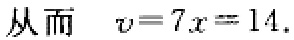
从而 $\ v = 7x=14$.